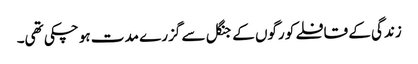
زندگی کے قافلے کو رگوں کے جنگل سے گزرے مدت ہو چکی تھی۔